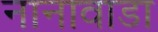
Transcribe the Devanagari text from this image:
नानावाडा